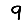
Digit: 9